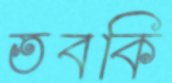
তবকি